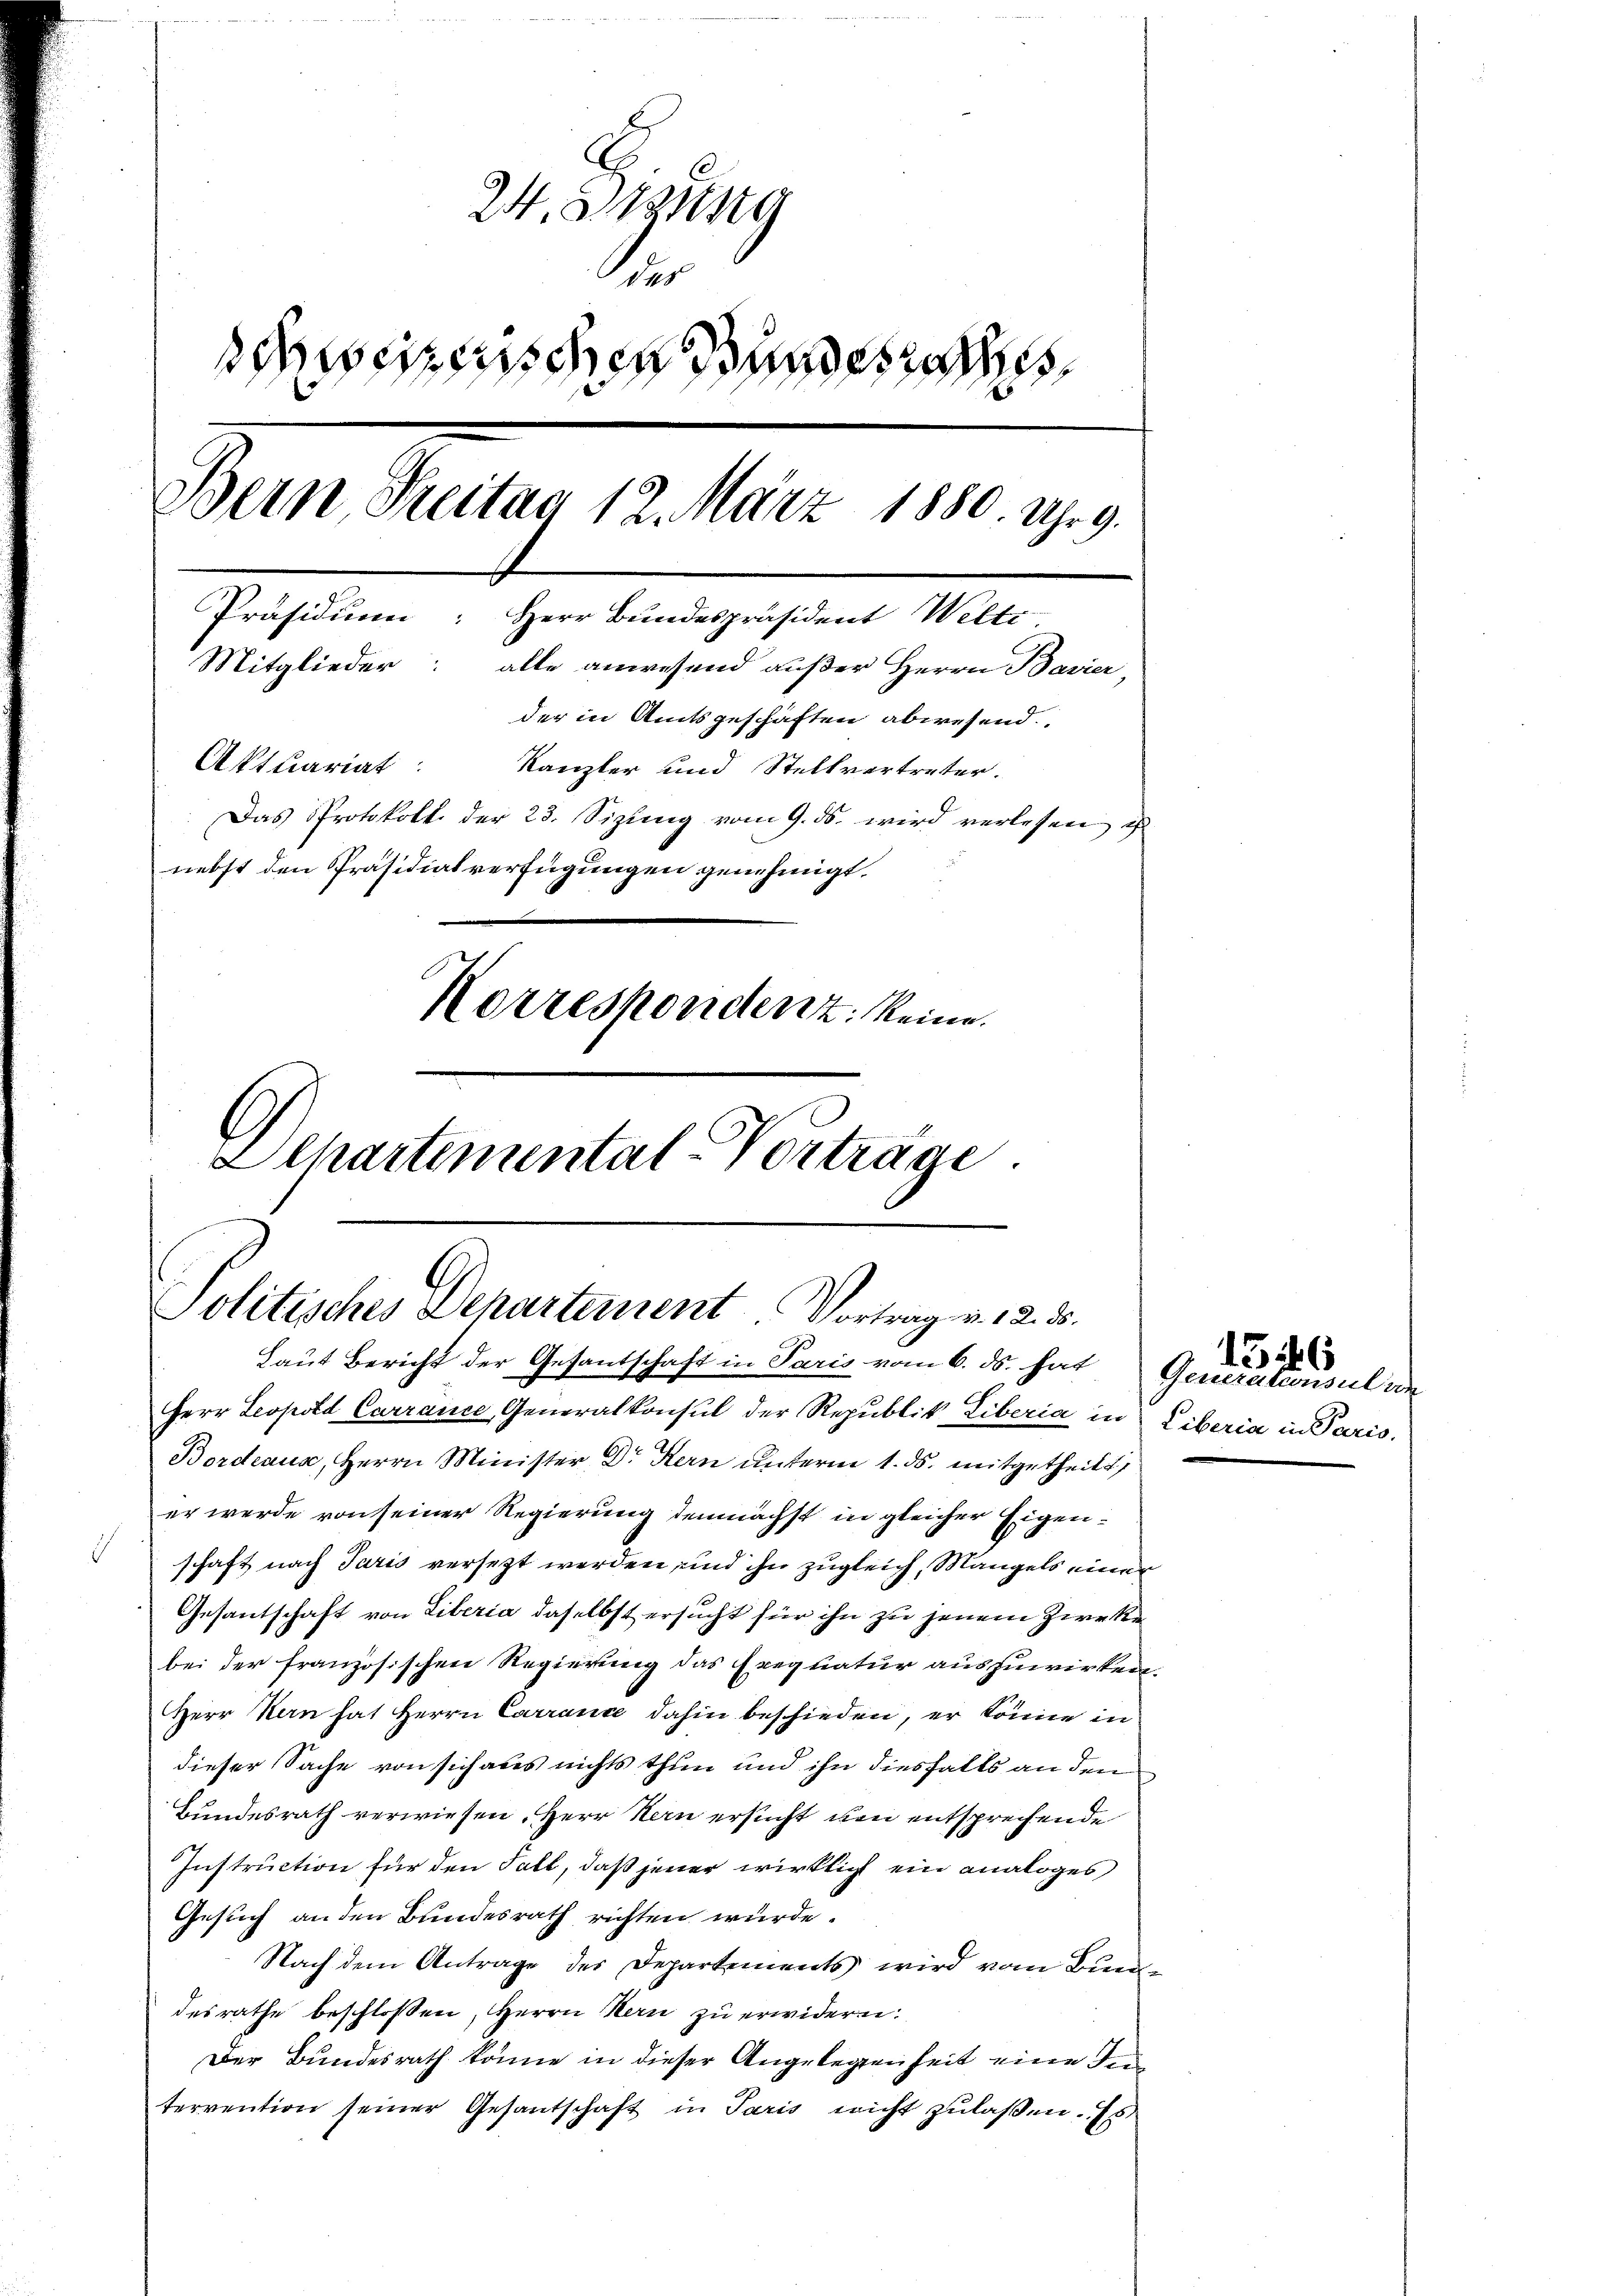
24. Braung
n
dseitischen Bundesrathes
Bein Freitag 12. März 1880. Uhrg.
Präsidium: Herr Bundespräsident Welti
Mitglieder: alle anwesend außer Herrn Bavier,
der in Amtsgeschäften abwesend.
Aktuariat: Kanzler und Stellvertreter.
Das Protokoll der 23. Sizung vom 9. ds. wird verlesen, u
nebst den Präsidialverfügungen genehmigt.
Korrespondenz keine
Elhartemental-Vorträge

Politisches Departement Vortrag v. 12. 35.

Laut Bericht der Gesantschaft in Paris vom 6. ds. hat Generationsul vn
Herr Leopold Carrance, Generalkonsul der Republik Liberia in Liberia in Paris,
Bordeaus, Herrn Minister Dr Kern unterm 1. ds. mitgetheilt,
er werde von seiner Regierung demnächst in gleicher Eigenh
schaft nach Paris versezt werden, und ihn zugleich, Mangels einer
Gesantschaft von Liberia daselbst ersucht für ihn zu jenem Zwekebei der französischen Regierung das Exequatur auszuwirken.
Herr Kern hat Herrn Carrance dahin beschieden, er könne in
dieser Sache von sich aber nichts thun und ihn diesfalls an den
Bundesrath verwiesen. Herr Stern ersucht um entsprechende
Instruction für den Fall, daß jener wirklich ein analoges
Gesuch an den Bundesrath richten wurde.
Nach dem Antrage des Departements wird vom Bundesrathe beschlossen, Herrn Kern zu erwidern.
Der Bundesrath könne in dieser Angelegenheit eine Jutervention seiner Gesantschaft in Paris nicht zulaßen. Es

1546